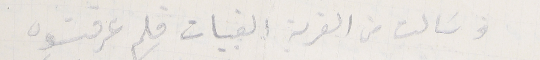
وسَالت من القربة القبيات فلم عرفتوه